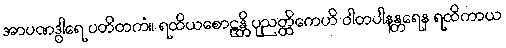
အာပဏဒွါရေ ပတိတကံ။ ရထိယစောဠန္တိ ပုညတ္ထိကေဟိ ဝါတပါနန္တရေန ရထိကာယ